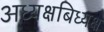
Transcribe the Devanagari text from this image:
अध्यक्षबिध्यक्ष